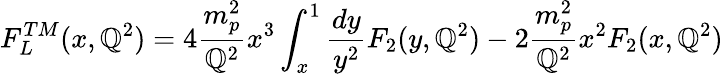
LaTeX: F_{L}^{TM}(x,\mathbb{Q}^{2})=4\frac{{m_{p}^{2}}}{{\mathbb{Q}^{2}}}x^{3}\int_{x}^{1}\frac{{dy}}{{y^{2}}}F_{2}(y,\mathbb{Q}^{2})-2\frac{{m_{p}^{2}}}{{\mathbb{Q}^{2}}}x^{2}F_{2}(x,\mathbb{Q}^{2})